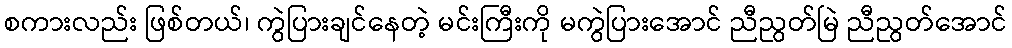
စကားလည်း ဖြစ်တယ်၊ ကွဲပြားချင်နေတဲ့ မင်းကြီးကို မကွဲပြားအောင် ညီညွတ်မြဲ ညီညွတ်အောင်